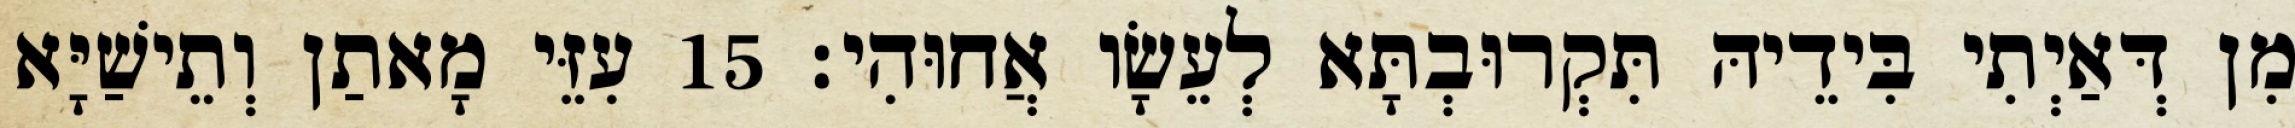
מִן דְּאַיְתִי בִּידֵיהּ תִּקְרוּבְתָּא לְעֵשָׂו אֲחוּהִי׃ 15 עִזֵּי מָאתַן וְתֵישַׁיָּא